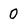
Character: 0